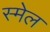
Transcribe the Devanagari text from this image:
स्मेल